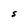
Character: S